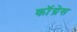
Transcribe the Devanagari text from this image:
कॊंग्रेस